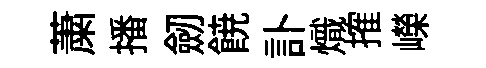
䔥播劒𩜙訃熾搉嶸